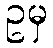
ဥမှ